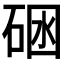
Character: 𱴆